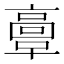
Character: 𩫏